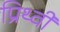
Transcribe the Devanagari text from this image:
प्रिथ्वी